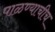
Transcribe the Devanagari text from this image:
पाळण्याचीच